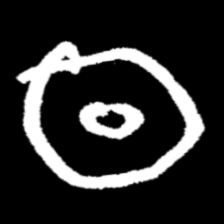
Pyu character \u2014 Myanmar letter: ထ (romanized: tha)